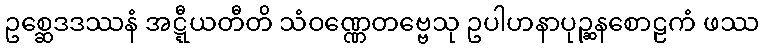
ဥစ္ဆေဒဒဿနံ အဋ္ဋီယတီတိ သံဝဏ္ဏေတဗ္ဗေသု ဥပါဟနာပုဉ္ဆနစောဠကံ ဖဿ